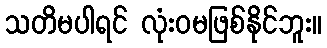
သတိမပါရင် လုံးဝမဖြစ်နိုင်ဘူး။